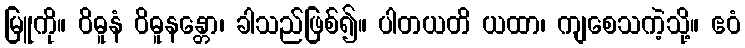
မြူကို။ ဝိဓူနံ ဝိဓူနန္တော၊ ခါသည်ဖြစ်၍။ ပါတယတိ ယထာ၊ ကျစေသကဲ့သို့။ ဧဝံ